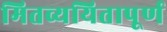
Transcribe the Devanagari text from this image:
मितव्ययितापूर्ण